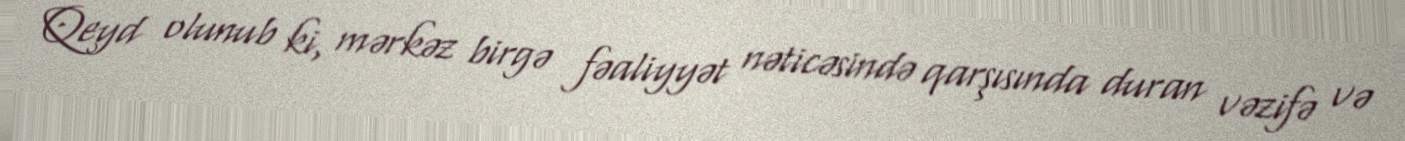
Qeyd olunub ki, mərkəz birgə fəaliyyət nəticəsində qarşısında duran vəzifə və